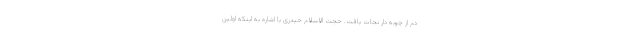
دم از چوبه دار نجات یافت. حجت الاسلام حیدری با اشاره به اینکه اولین